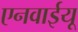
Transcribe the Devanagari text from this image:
एनवाईयू